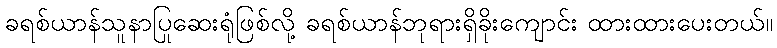
ခရစ်ယာန်သူနာပြုဆေးရုံဖြစ်လို့ ခရစ်ယာန်ဘုရားရှိခိုးကျောင်း ထားထားပေးတယ်။